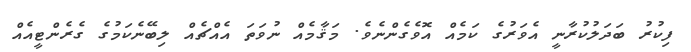
ފިކުރު ބަދަލުކުރާނީ އެވަރުގެ ކަމެއް އޮވެގެންނެވެ. މަޤާމެއް ނުވަތަ އެއްޗެއް ލިބޭނެކަމުގެ ގެރެންޓީއެއް